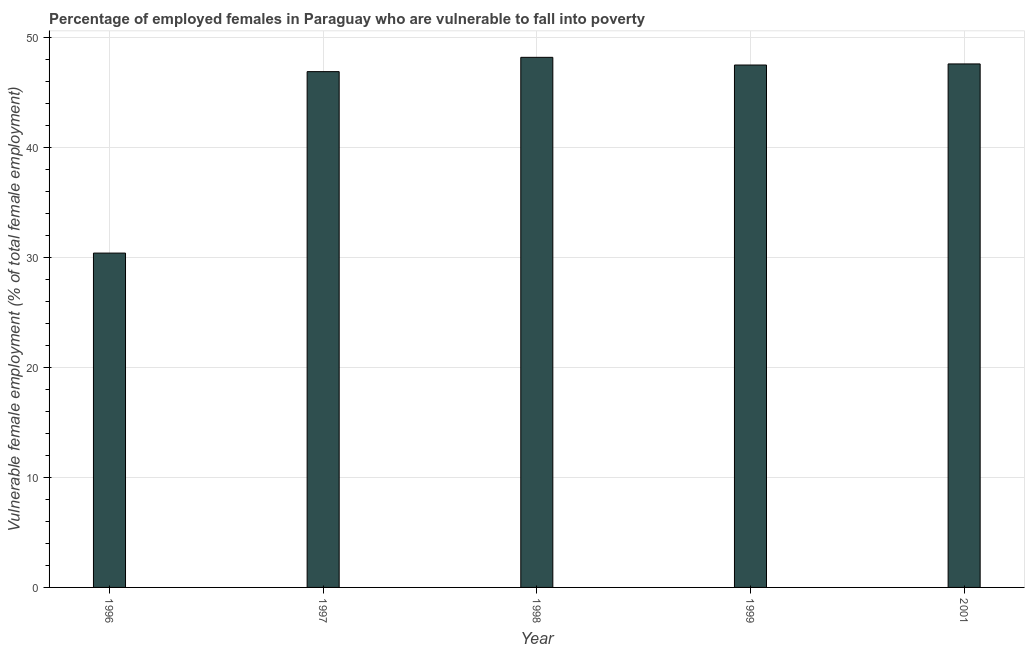
| Year | Percentage of employed females who are vulnerable to fall into poverty |
 | --- | --- |
 | 1996 | 30.4 |
 | 1997 | 46.9 |
 | 1998 | 48.2 |
 | 1999 | 47.5 |
 | 2001 | 47.6 |